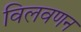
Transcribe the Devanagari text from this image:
विलवणन